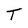
Character: T